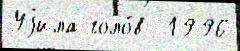
Уjила голо́в  1996